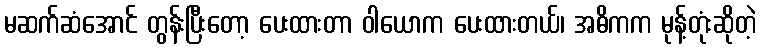
မဆက်ဆံအောင် တွန်းပြီးတော့ ပေးထားတာ ဝါယောက ပေးထားတယ်၊ အဓိကက မုန့်တုံးဆိုတဲ့